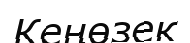
Кеңөзек